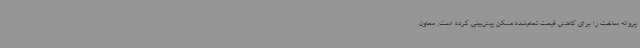
پروانه ساخت را برای کاهش قیمت تمام‌شده مسکن پیش‌بینی کرده است. معاون